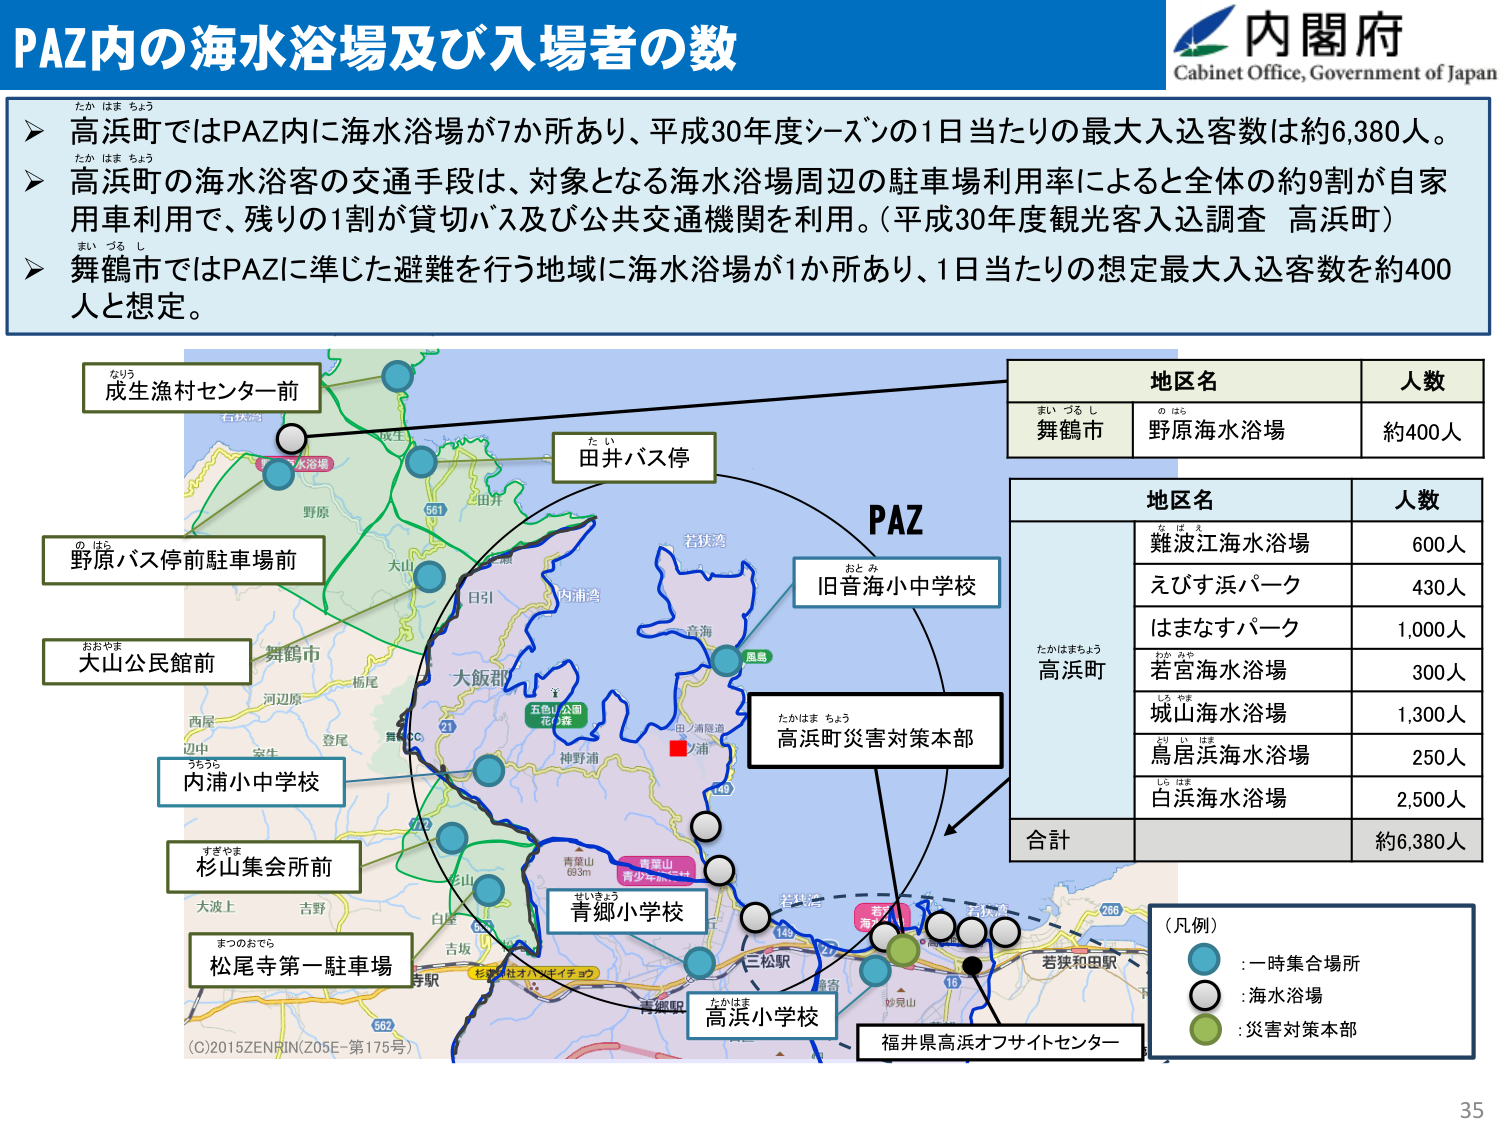
PAZ内の海水浴場及び入場者の数

内閣府
Cabinet Office, Government of Japan

▶ 高浜町ではPAZ内に海水浴場が7か所あり、平成30年度シーズンの1日当たりの最大入込客数は約6,380人。
▶ 高浜町の海水浴客の交通手段は、対象となる海水浴場周辺の駐車場利用率によると全体の約9割が自家用車利用で、残りの1割が貸切バス及び公共交通機関を利用。（平成30年度観光客入込調査 高浜町）
▶ 舞鶴市ではPAZに準じた避難を行う地域に海水浴場が1か所あり、1日当たりの想定最大入込客数を約400人と想定。

なりう
成生漁村センター前

田井バス停

おとみ
旧音海小中学校

のばら
野原バス停前駐車場前

おおやま
大山公民館前

舞鶴市

うら
内浦小中学校

すぎやま
杉山集会所前

まつのおでら
松尾寺第一駐車場

せいきょう
青郷小学校

たかはま ちょう
高浜町災害対策本部

なかはま
高浜小学校

福井県高浜オフサイトセンター

地区名　　　　　人数
まい つる し
舞鶴市　　　　　野原海水浴場　　　　約400人

地区名　　　　　人数
たかはまちょう
高浜町
　　な は え
　　難波江海水浴場　　　　600人
　　えびす浜パーク　　　　430人
　　はまなすパーク　　　　1,000人
　　わか みや
　　若宮海水浴場　　　　300人
　　しら やま
　　城山海水浴場　　　　1,300人
　　すい い はま
　　鳥居浜海水浴場　　　　250人
　　しろ はま
　　白浜海水浴場　　　　2,500人
合計　　　　　　　　　　約6,380人

（凡例）
　　:一時集合場所
　　:海水浴場
　　:災害対策本部

(C)2015ZENRIN(Z05E-第175号)

35